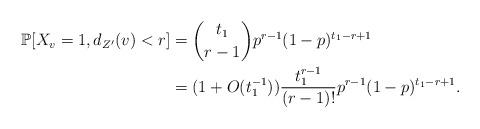
LaTeX: \begin{align*}\mathbb{P}[X_v=1,d_{Z'}(v)<r]&= \binom{t_1}{r-1}p^{r-1}(1-p)^{t_1-r+1}\\&=(1+O(t_1^{-1})) \frac{t_1^{r-1}}{(r-1)!}p^{r-1}(1-p)^{t_1-r+1}.\end{align*}